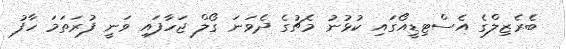
ބެރެޒިލްގެ އެސްޓިޑީއޯގައި ކުޅުނު މެޗުގެ ދެވަނަ ގޯލް ޖަހާފައި ވަނީ ފުރަތަމަ ހާފު